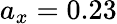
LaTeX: a_{x}=0.23